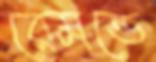
রেমন্ডে